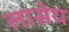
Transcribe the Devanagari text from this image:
लासेय